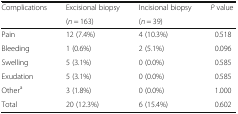
| <ROWSPAN=2> Complications | Excisional biopsy | Incisional biopsy | <ROWSPAN=2> P value |
 | (n = 163) | (n = 39) |
 | --- | --- | --- | --- |
 | Pain | 12 (7.4%) | 4 (10.3%) | 0.518 |
 | Bleeding | 1 (0.6%) | 2 (5.1%) | 0.096 |
 | Swelling | 5 (3.1%) | 0 (0.0%) | 0.585 |
 | Exudation | 5 (3.1%) | 0 (0.0%) | 0.585 |
 | Othera | 3 (1.8%) | 0 (0.0%) | 1.000 |
 | Total | 20 (12.3%) | 6 (15.4%) | 0.602 |